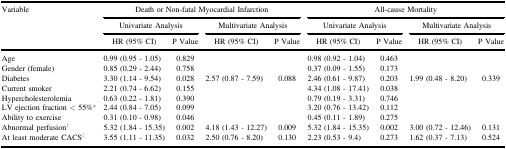
<table><thead><tr><td><b>Variable</b></td><td colspan="4"><b>Death or Non-fatal Myocardial Infarction</b></td><td colspan="4"><b>All-cause Mortality</b></td></tr><tr><td colspan="2"><b>Univariate Analysis</b></td><td colspan="2"><b>Multivariate Analysis</b></td><td colspan="2"><b>Univariate Analysis</b></td><td colspan="2"><b>Multivariate Analysis</b></td></tr><tr><td><b>HR (95% CI)</b></td><td><b>P Value</b></td><td><b>HR (95% CI)</b></td><td><b>P Value</b></td><td><b>HR (95% CI)</b></td><td><b>P Value</b></td><td><b>HR (95% CI)</b></td><td><b>P Value</b></td></tr></thead><tbody><tr><td>Age</td><td>0.99 (0.95 - 1.05)</td><td>0.829</td><td></td><td></td><td>0.98 (0.92 - 1.04)</td><td>0.463</td><td></td><td></td></tr><tr><td>Gender (female)</td><td>0.85 (0.29 - 2.44)</td><td>0.758</td><td></td><td></td><td>0.37 (0.09 - 1.55)</td><td>0.173</td><td></td><td></td></tr><tr><td>Diabetes</td><td>3.30 (1.14 - 9.54)</td><td>0.028</td><td>2.57 (0.87 - 7.59)</td><td>0.088</td><td>2.46 (0.61 - 9.87)</td><td>0.203</td><td>1.99 (0.48 - 8.20)</td><td>0.339</td></tr><tr><td>Current smoker</td><td>2.21 (0.74 - 6.62)</td><td>0.155</td><td></td><td></td><td>4.34 (1.08 - 17.41)</td><td>0.038</td><td></td><td></td></tr><tr><td>Hypercholesterolemia</td><td>0.63 (0.22 - 1.81)</td><td>0.390</td><td></td><td></td><td>0.79 (0.19 - 3.31)</td><td>0.746</td><td></td><td></td></tr><tr><td>LV ejection fraction &lt; 55%∗</td><td>2.44 (0.84 - 7.05)</td><td>0.099</td><td></td><td></td><td>3.20 (0.76 - 13.42)</td><td>0.112</td><td></td><td></td></tr><tr><td>Ability to exercise</td><td>0.31 (0.10 - 0.98)</td><td>0.046</td><td></td><td></td><td>0.45 (0.11 - 1.89)</td><td>0.275</td><td></td><td></td></tr><tr><td>Abnormal perfusion†</td><td>5.32 (1.84 - 15.35)</td><td>0.002</td><td>4.18 (1.43 - 12.27)</td><td>0.009</td><td>5.32 (1.84 - 15.35)</td><td>0.002</td><td>3.00 (0.72 - 12.46)</td><td>0.131</td></tr><tr><td>At least moderate CACS‡</td><td>3.55 (1.11 - 11.35)</td><td>0.032</td><td>2.50 (0.76 - 8.20)</td><td>0.130</td><td>2.23 (0.53 - 9.4)</td><td>0.273</td><td>1.62 (0.37 - 7.13)</td><td>0.524</td></tr></tbody></table>